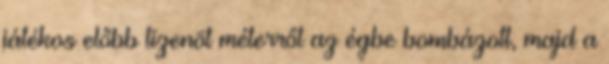
játékos előbb tizenöt méterről az égbe bombázott, majd a